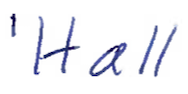
Text: 'Hall
Cross-out: clean
Writing tool: ballpoint